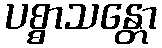
ပစ္စာသန္တော